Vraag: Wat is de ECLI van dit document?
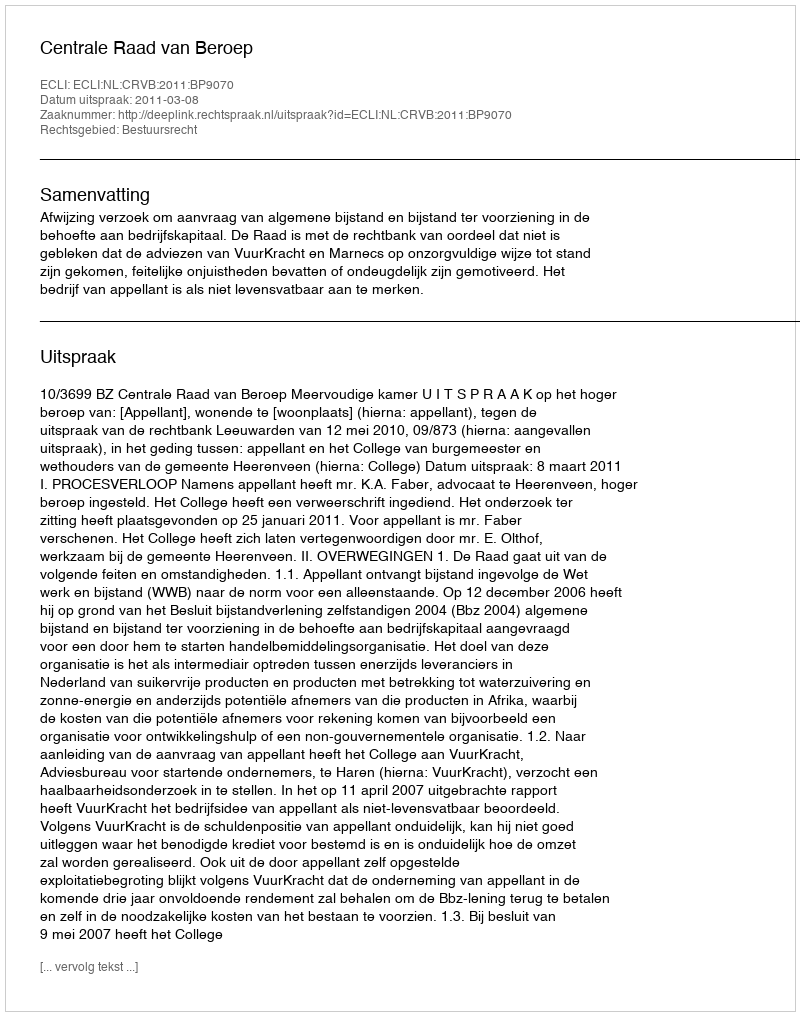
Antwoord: ECLI:NL:CRVB:2011:BP9070